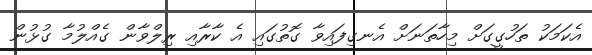
އެކަމަކު ތަހުގީގަށް މިހާތަނަށް އެނގިފައިވާ ގޮތުގައި އެ ކާރާއި ރިލްވާން ގެއްލުމާ ގުޅުން